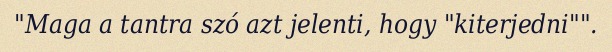
"Maga a tantra szó azt jelenti, hogy "kiterjedni"".